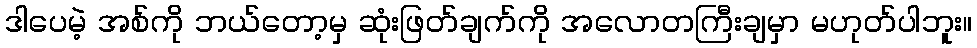
ဒါပေမဲ့ အစ်ကို ဘယ်တော့မှ ဆုံးဖြတ်ချက်ကို အလောတကြီးချမှာ မဟုတ်ပါဘူး။